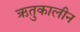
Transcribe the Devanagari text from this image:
ऋतुकालीन